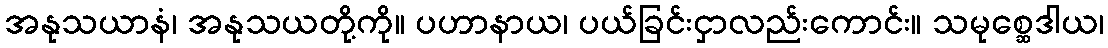
အနုသယာနံ၊ အနုသယတို့ကို။ ပဟာနာယ၊ ပယ်ခြင်းငှာလည်းကောင်း။ သမုစ္ဆေဒါယ၊